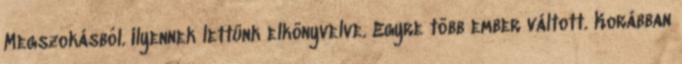
Megszokásból. Ilyennek lettünk elkönyvelve. Egyre több ember váltott. Korábban